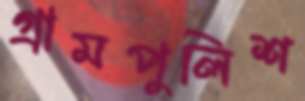
গ্রামপুলিশ